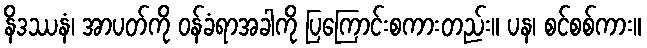
နိဒဿနံ၊ အာပတ်ကို ဝန်ခံရာအခါကို ပြကြောင်းစကားတည်း။ ပန၊ စင်စစ်ကား။